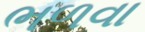
ભળવા